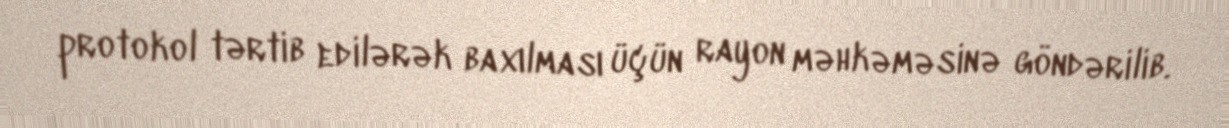
protokol tərtib edilərək baxılması üçün rayon məhkəməsinə göndərilib.